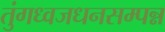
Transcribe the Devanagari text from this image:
तुंगध्वजधनसम्पन्न